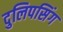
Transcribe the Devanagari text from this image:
दुलिपसिंग